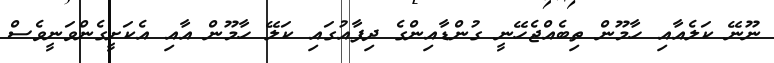
ނޫނޭ ކަލެއާއި ހާމޫން ތިބެއްޖެހޭނީ ގުންޑާއިންގެ ދިފާއުގައި ކަލޭ ހާމޫން އާއި އެކަށީގެންވަނީވެސް